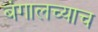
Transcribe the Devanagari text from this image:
बंगालच्याच